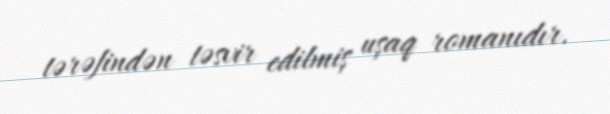
tərəfindən təsvir edilmiş uşaq romanıdır.